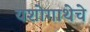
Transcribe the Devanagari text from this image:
यशोगाथेचे